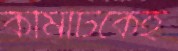
কমিটিকেই